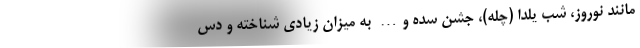
مانند نوروز، شب یلدا (چله)، جشن سده و… به میزان زیادی شناخته و دس